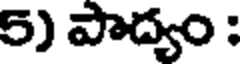
5) పాద్యం :